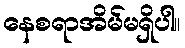
နေစရာအိမ်မရှိပါ။